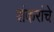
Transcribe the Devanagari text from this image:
शंकरांचे